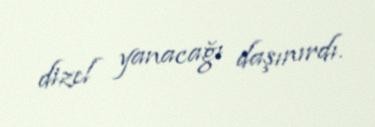
dizel yanacağı daşınırdı.